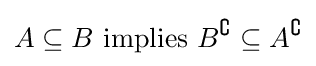
A\subseteq B{\text{ implies }}B^{\complement }\subseteq A^{\complement }